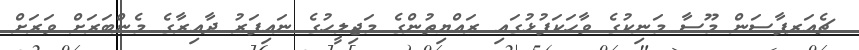
ޗެއަރޕާސަން މޫސާ މަނިކުގެ ވާހަކަފުޅުގައި ރައްޔިތުންގެ މަޖިލީހުގެ ނައިފަރު ދާއިރާގެ މެންބަރަށް ވަރަށް